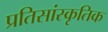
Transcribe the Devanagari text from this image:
प्रतिसांस्कृतिक